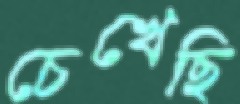
চেখেছি